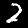
Digit: 2